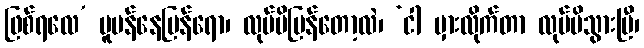
ဖြစ်ရလေ’ ပူပန်နေပြန်ရော၊ လုပ်မိပြန်တော့လဲ၊ ‘ငါ မှားလိုက်တာ လုပ်မိသွားပြီ၊